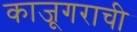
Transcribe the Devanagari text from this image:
काजूगराची